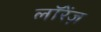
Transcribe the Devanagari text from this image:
लॉरेंज़